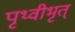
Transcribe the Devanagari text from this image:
पृथ्वीभृत्